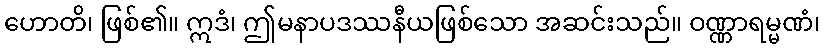
ဟောတိ၊ ဖြစ်၏။ ဣဒံ၊ ဤမနာပဒဿနီယဖြစ်သော အဆင်းသည်။ ဝဏ္ဏာရမ္မဏံ၊